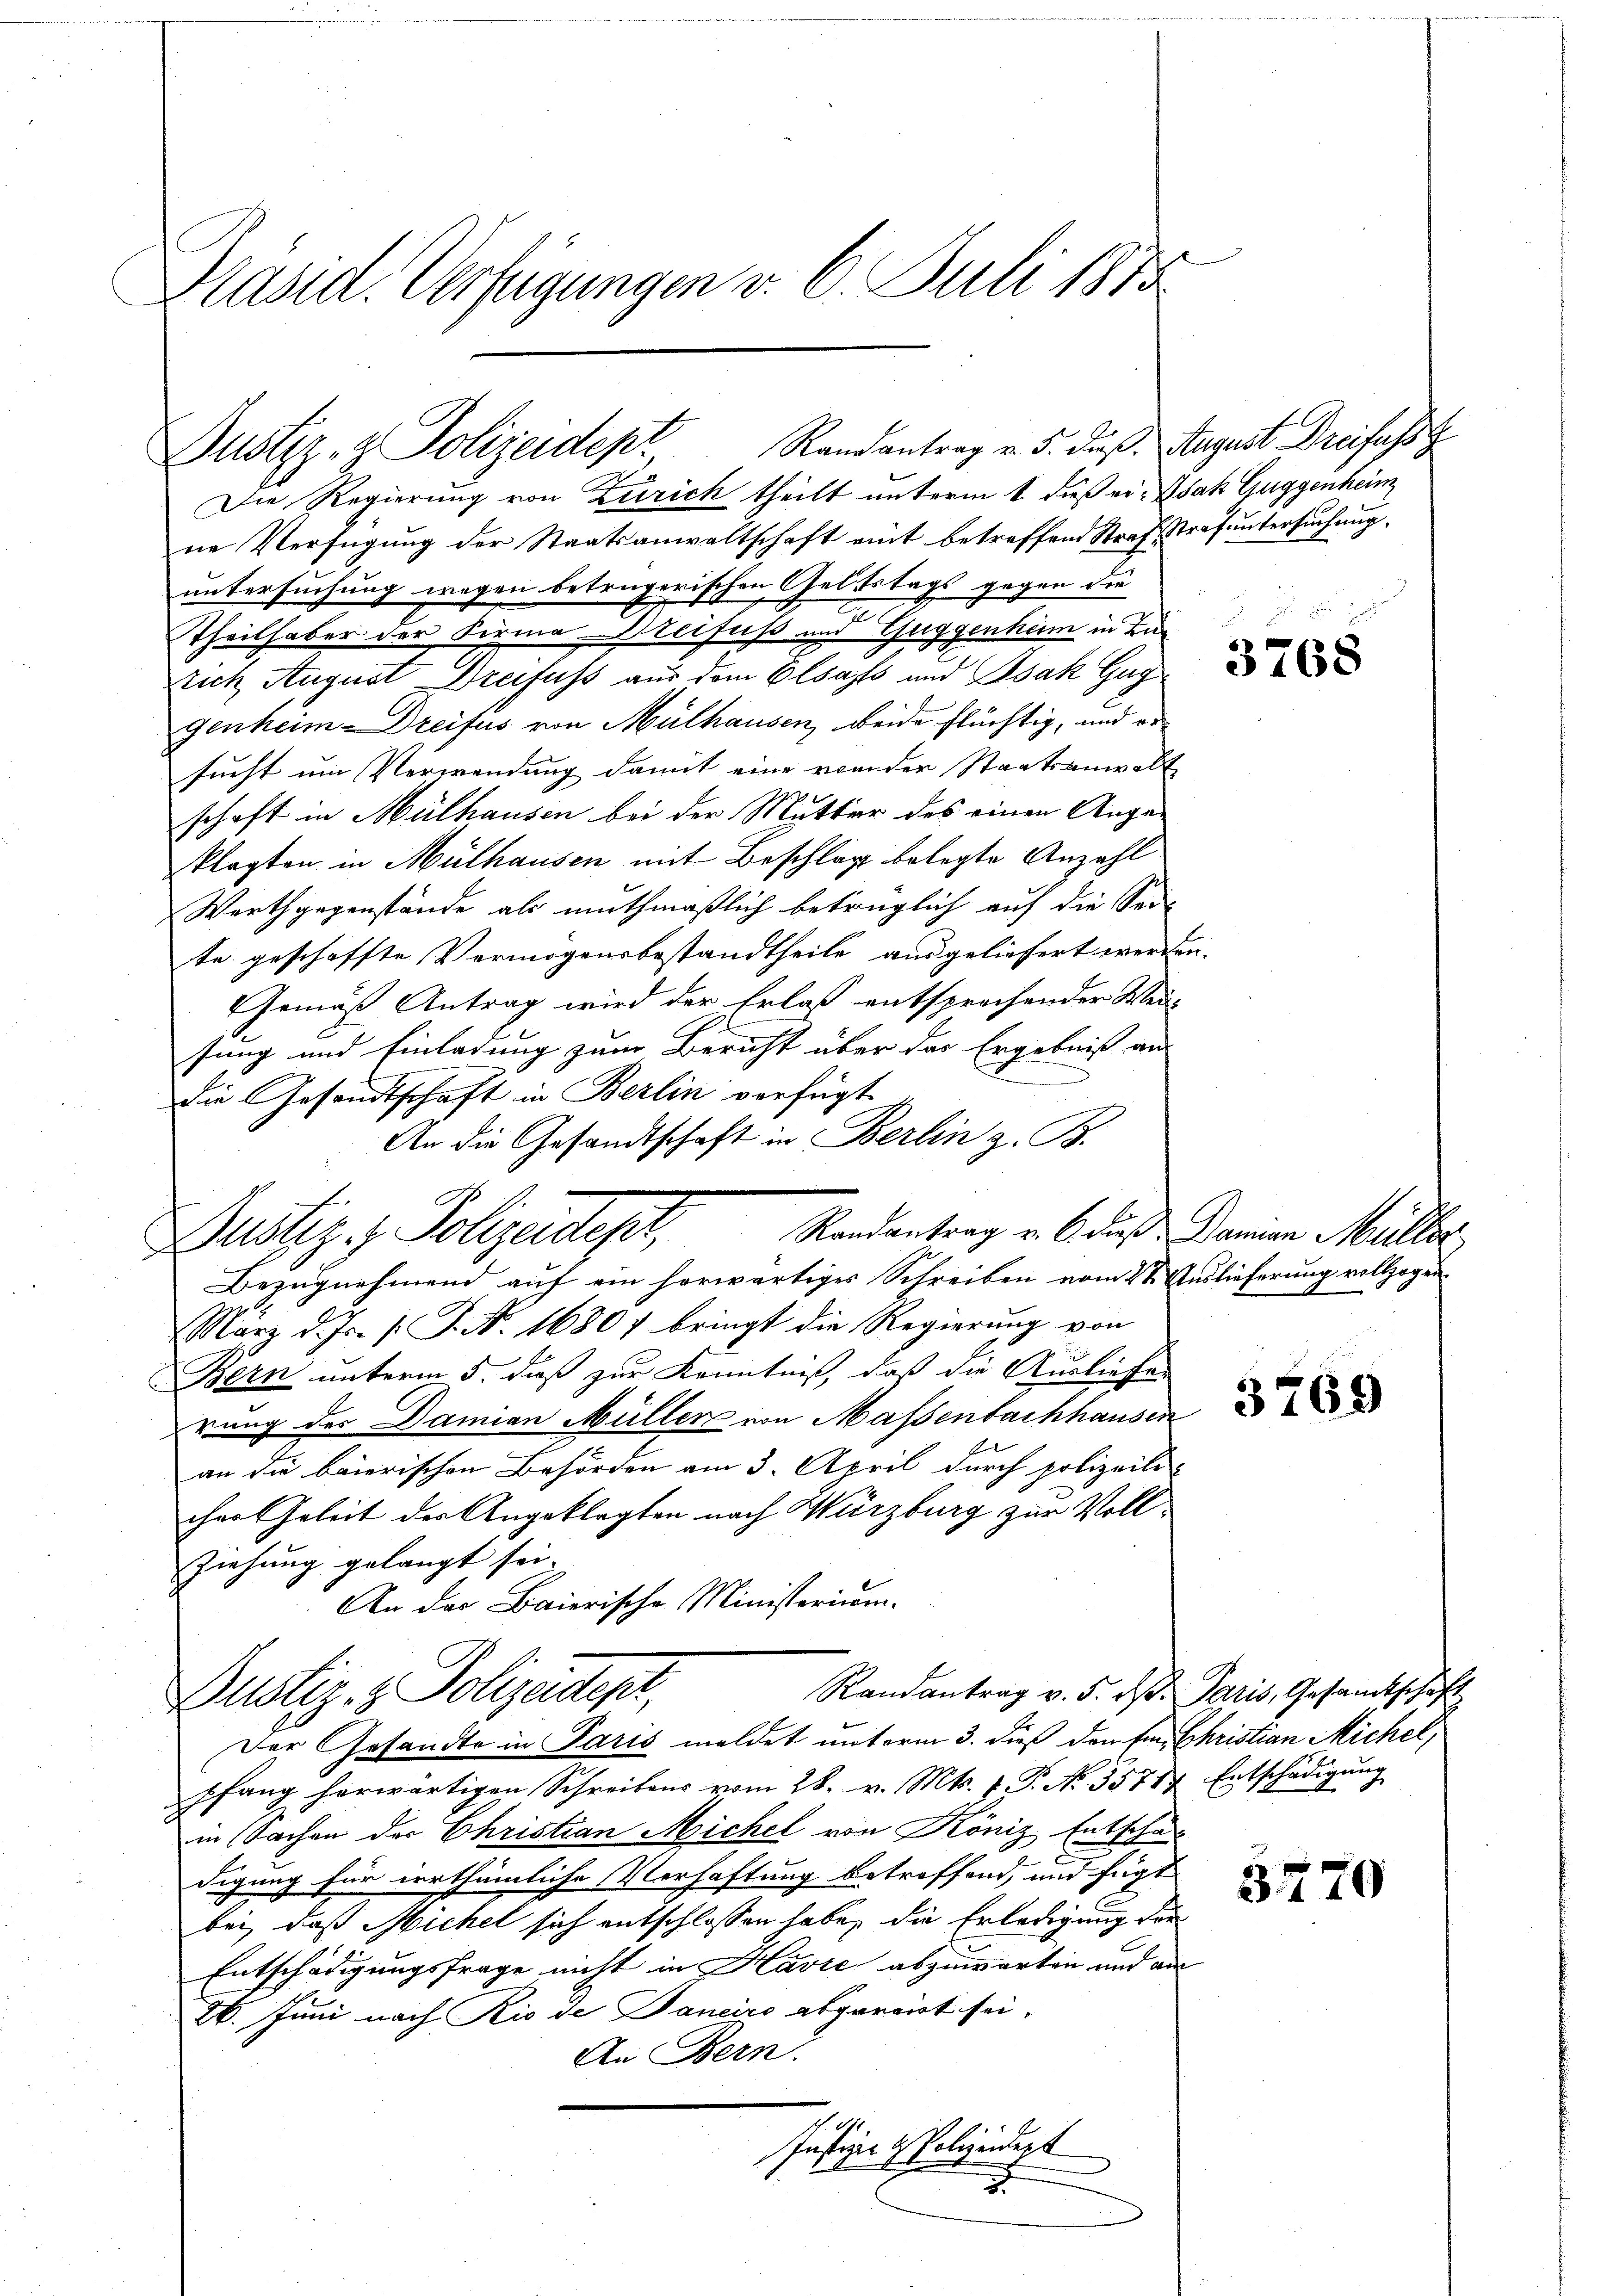
Präsid. Verfügungen v. 6. Juli 1873

Dustiz- & Polizeidept Randantrag v. 5. dieß.

Randantrag v. 5. ds. Paris, Gesamtschaft
Bustiz- & Polizeident,

Die Regierung von Zürich theilt unterm 1. dieß ei- Isak Guggenheim
ne Verfügung der Staatsanwaltschaft eint betreffend Straf Strafuntersuchung.
untersuchung wegen betrügerischen Geltstags gegen die
2
Theilhaber der Firma Weisuss und Guggenheim in Lu¬
Eich August Dreifuss aus dem Elsass und Isak Guggenheim Dreifus von Mülhausen, beide flüchtig, und er
sucht um Verwendung damit eine wieder Staatsanwalt
schaft in Mülhausen bei der Mutter des einen Anga-
klagten in Mülhausen mit Beschlag belegte Anzahl
Werthgegenstände als muthmaßlich betrüglich auf die Sei-
te geschaffte Vermögensbestandtheile ausgeliefert werden.
Gemäß Antrag wird der Erlass entsprechender Weisung und Einladung zum Bericht über das Ergebniß aus
die Gesandtschaft in Berlin verfügt
An die Gesandtschaft in Berlin z. B.
Randantrag v. 6. dieß Damian Müller
Dustiz & Polizeidtes,
Bezugnehmend auf ein herwärtiges Schreiben vom 2t Auslieferung vollzogen
März d. Js. (T. N. 16807 bringt die Regierung von
Bern unterm 5. daß zur Kenntniß, daß die Ausliefer
rung des Damian Müller von Massenbachhausen
an die baierischen Behörden am 3. April durch polizeili
cher Geleit des Angeklagten nach Würzburg zur Voll¬
Ziehung gelangt sei.
An das Baierische Ministerium.

August Dreifuss

Der Gesandte in Paris meldet unterm 3. dieß den fr. Christian Michel,
pfang herwärtigen Schreibens vom 28. v. Mts. f. P. No. 35717. Entschädigŭng
in Sachen des Christian Michel von Köniz Entschaf
digung für irrthümliche Verhaftung betreffend, und fügt
bei, daß Michel sich entschlossen habe, die Erledigung der
Entschädigungsfrage nicht in Havić abzuwarten und an
26. Juni nach Rio de Janeiro abgereit sei.
An Bern.
Justiz- & Polizeidigt
.

3768

3769

3770